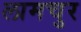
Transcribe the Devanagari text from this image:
लामचुर